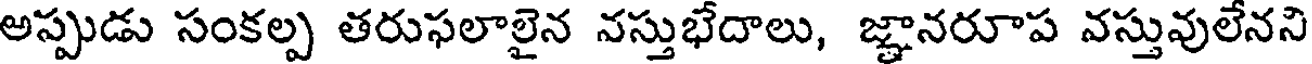
అప్పుడు సంకల్ప తరుఫలాలైన నస్తుభేదాలు, జ్ఞానరూప వస్తువులేనని